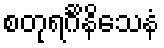
စတုရင်္ဂိနိသေနံ